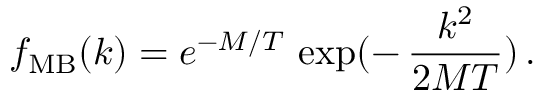
f _ { \mathrm { M B } } ( k ) = e ^ { - M / T } \, \exp ( - \, \frac { k ^ { 2 } } { 2 M T } ) \, .